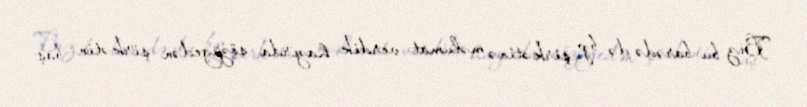
Biz bu barədə də bp şirkətinə məlumat verdik, hazırda sözügedən şirkətin baş